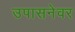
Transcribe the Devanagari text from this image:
उपासनेवर